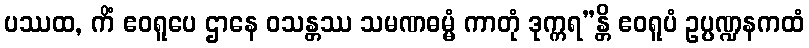
ပဿထ, ကိံ ဧဝရူပေ ဌာနေ ဝသန္တဿ သမဏဓမ္မံ ကာတုံ ဒုက္ကရ”န္တိ ဧဝရူပံ ဥပ္ပဏ္ဍနကထံ